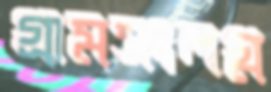
গ্রামসংলগ্ন